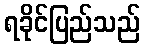
ရခိုင်ပြည်သည်